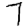
Digit: 7